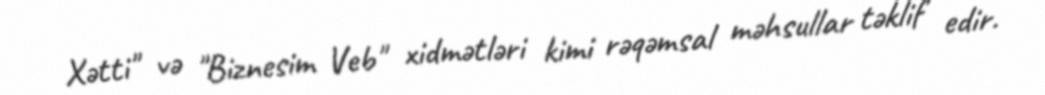
Xətti" və "Biznesim Veb" xidmətləri kimi rəqəmsal məhsullar təklif edir.